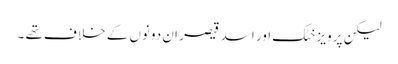
لیکن پرویز خٹک اور اسد قیصر ان دونوں کے خلاف تھے ۔